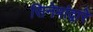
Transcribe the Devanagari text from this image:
सिनेमांद्वारे